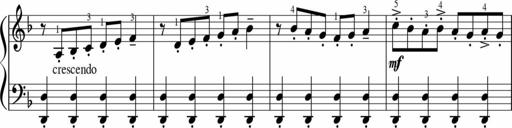
Title: Sonatinas
Composer: Andrew Violette